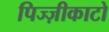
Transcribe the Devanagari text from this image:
पिज्ज़ीकाटो